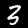
Label: 3